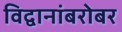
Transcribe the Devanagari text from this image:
विद्वानांबरोबर